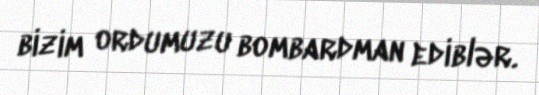
bizim ordumuzu bombardman ediblər.